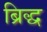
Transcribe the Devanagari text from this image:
ब्रिद्ध